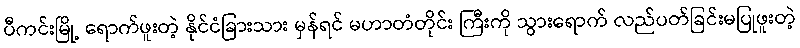
ပီကင်းမြို့ ရောက်ဖူးတဲ့ နိုင်ငံခြားသား မှန်ရင် မဟာတံတိုင်း ကြီးကို သွားရောက် လည်ပတ်ခြင်းမပြုဖူးတဲ့